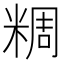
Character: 𥺝